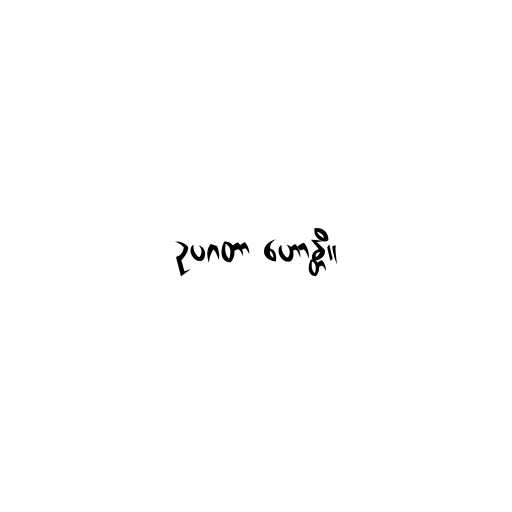
ဥပဂတာ ဟောန္တိ။